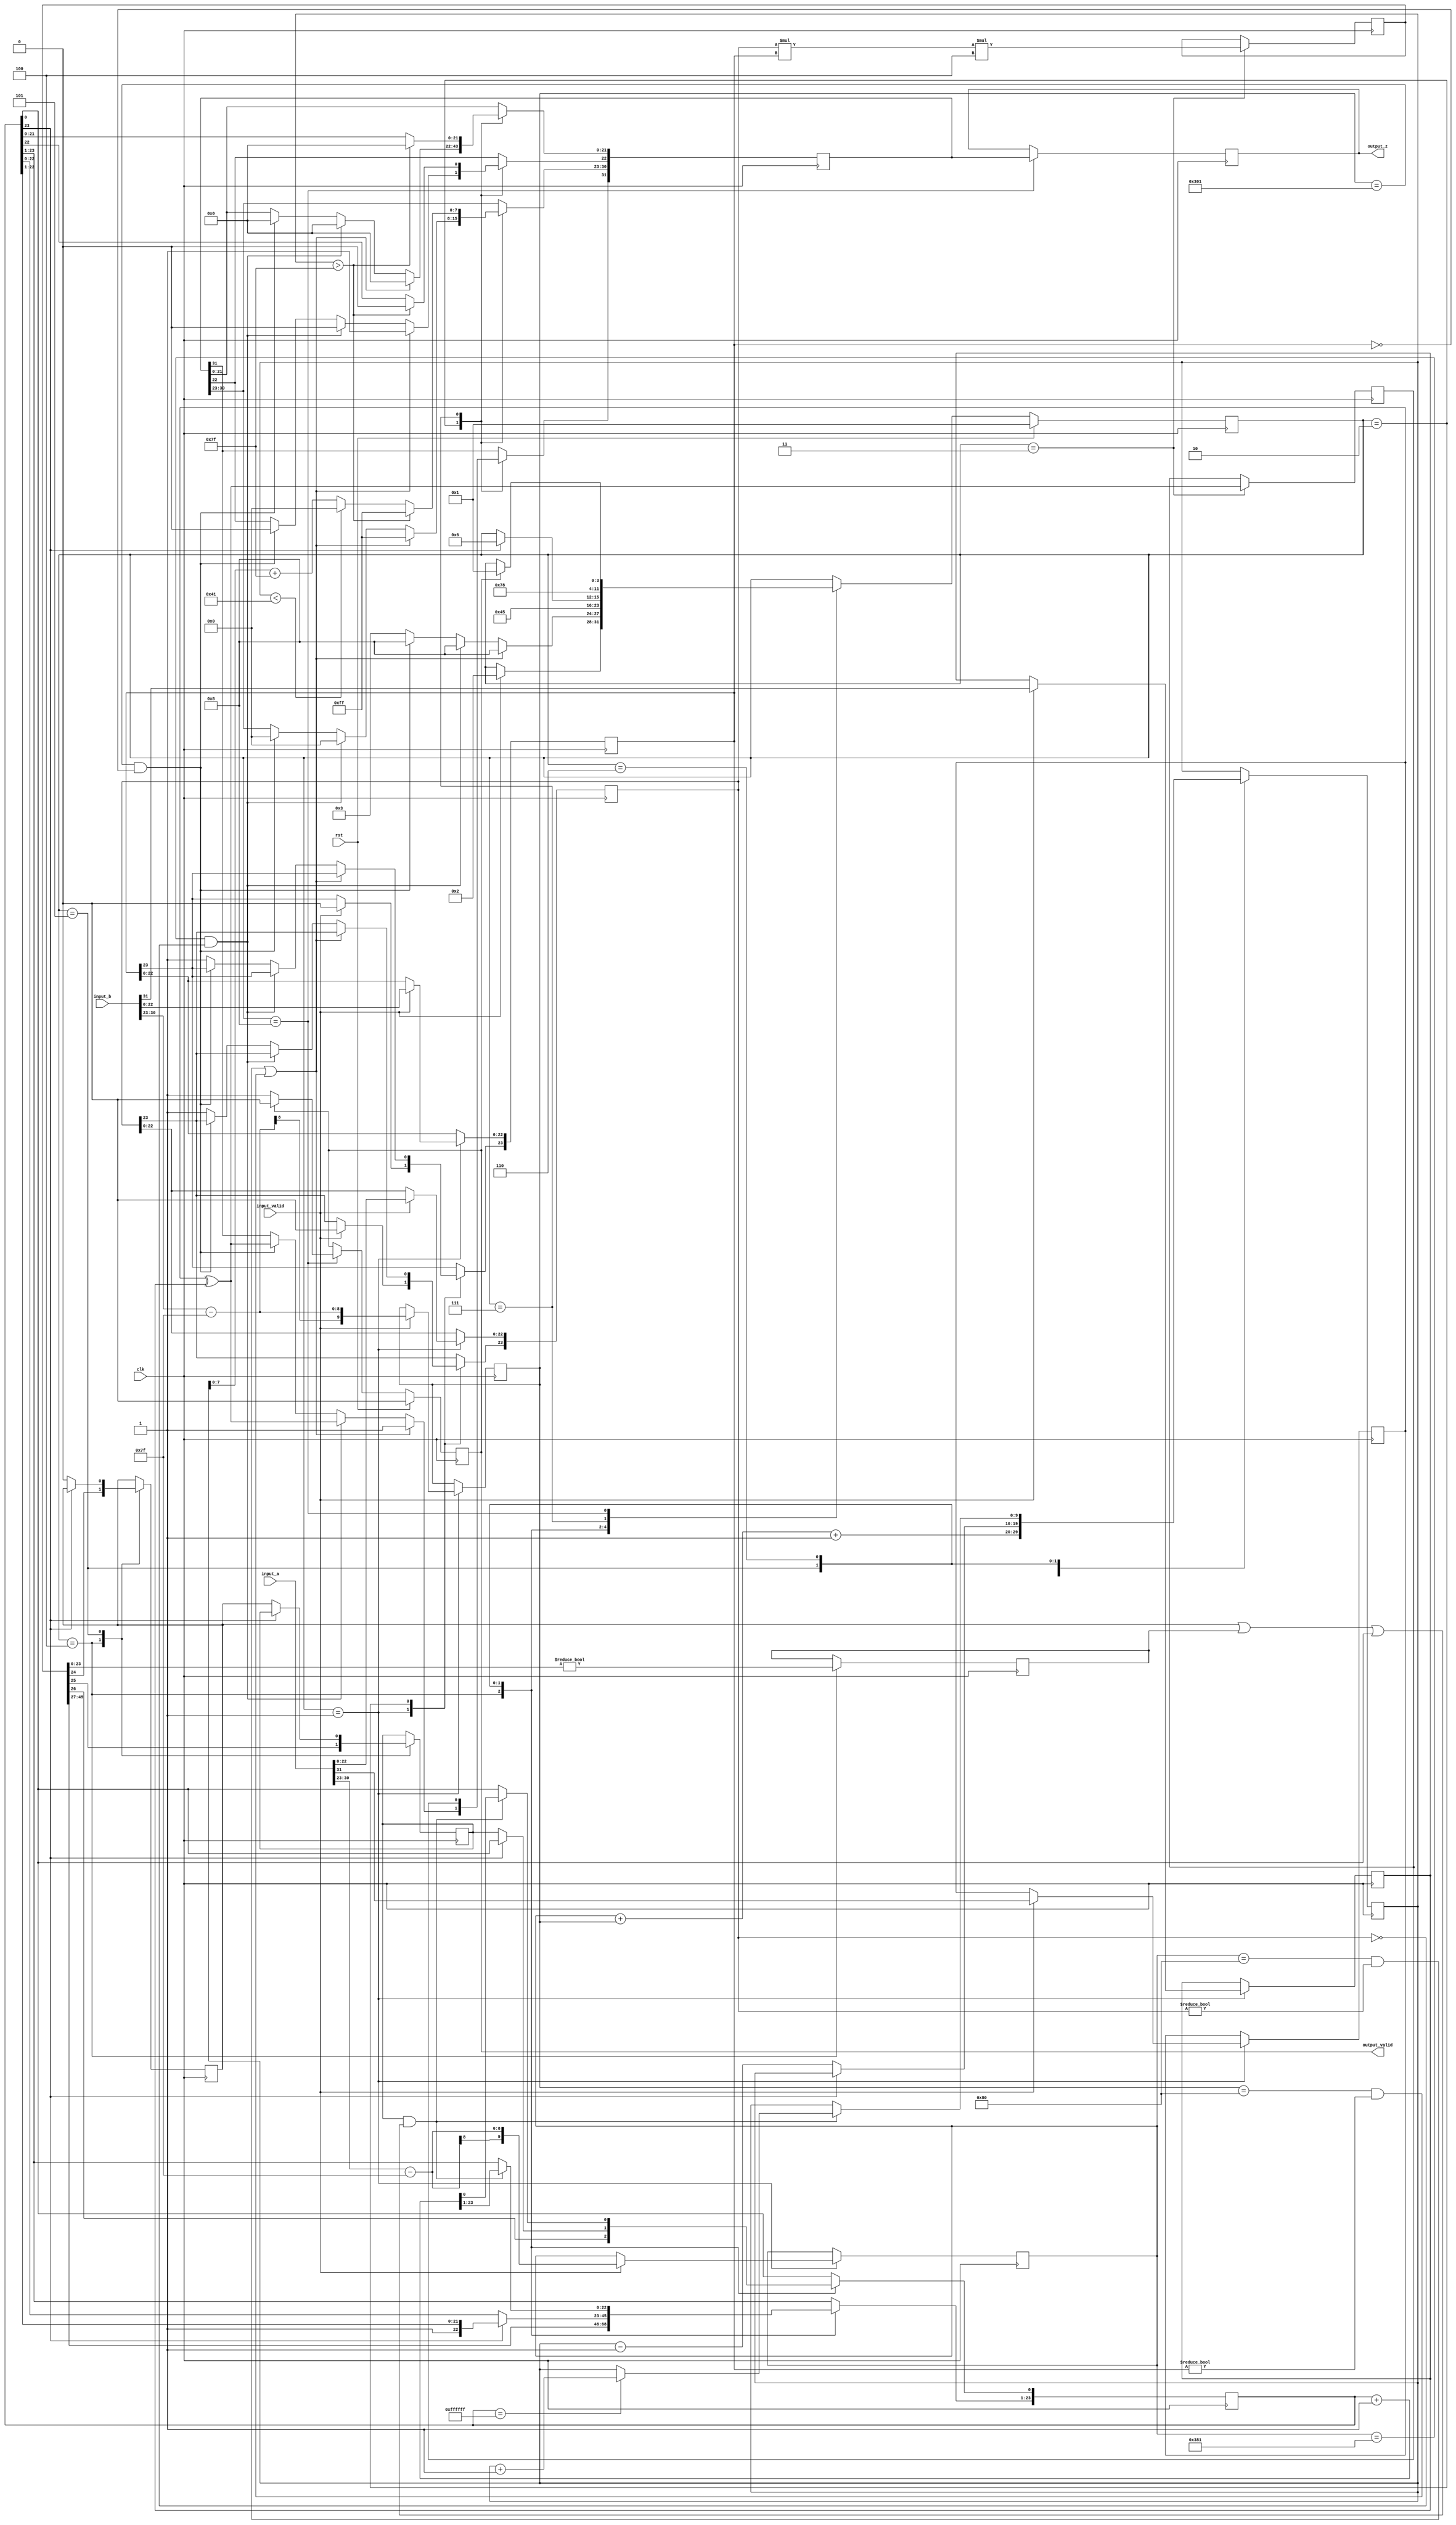

module decoder(
		  input_a,	//input a
       		  input_b,	// input b
		  input_valid,
		  output_z,	//output z
	          output_valid,	//output z valid signal  
                  clk,	//input clk
                  rst 	//input reset
		  );
		  
//enter the parameters here		  
  parameter n = 32;
  parameter fraction = 23;
  
  
  
  parameter exponent = 8;
  input     clk;
  input     rst;
  input     [n-1:0]input_a;
  input     [n-1:0]input_b;
  output    [n-1:0]output_z;
  input     input_valid;
  output    output_valid;   
  reg       [3:0] state;//States of FSM
  reg       s_output_valid;
  reg       [n-1:0] s_output_z;
  reg       flag;

  
// State values  
  parameter 
	    get_input     = 4'd1,
            special_cases = 4'd2,
            multiply_0    = 4'd3,
            multiply_1    = 4'd4,
            normalise_1   = 4'd5,
            round         = 4'd6,
            pack          = 4'd7,
            put_z         = 4'd8;
				
   
  reg       [n-1:0]  z;
  reg       [(fraction):0] a_m, b_m, z_m;
  reg       [(exponent+1):0] a_e, b_e, z_e;
  reg       a_s, b_s, z_s;
  reg       guard, round_bit, sticky;
  reg       [(fraction+1)*2 + 1:0] product;
  
  always@(posedge clk)
  begin
  
  case(state)
//#########################################################################################################//	
	get_input:
	begin
	if(input_valid)
	begin
	{a_s, a_e, a_m[fraction-1:0]} <= {input_a[n-1],input_a[n-2:fraction] - {3'b000,{exponent-1{1'b1}}},input_a[fraction-1:0]};
	{b_s, b_e, b_m[fraction-1:0]} <= {input_b[n-1],input_b[n-2:fraction] - {3'b000,{exponent-1{1'b1}}},input_b[fraction-1:0]};
	a_m[fraction] = 0;
	b_m[fraction] = 0;
	flag = 0;
	state <= special_cases;
	end   
	end
//#########################################################################################################//	
	special_cases:
	begin
	
	 //if a is NaN or b is NaN return NaN 
 if ((a_e == {1'b1,{(exponent-1){1'b0}}} && a_m != 0) || b_e =={1'b1,{(exponent-1){1'b0}}} && b_m != 0)
 // all ones in the exponent of a or b and not all zeros in the mantissa of a or b
	begin
    z[n-1] <= 1;//sign bit
    z[fraction+exponent-1:fraction] <= {exponent{1'b1}};// all ones in exponent
    z[fraction-1] <= 1;
    z[(fraction-2): 0] <= 0;
	 state <= put_z;
	end

else
	if ($signed(a_e) == -{exponent-1{1'b1}} && a_m == 0)
 // if the exponents bits in a and the mantissa in a is zero return zero
 begin
    z[n-1] <= a_s ^ b_s;
    z[fraction+exponent-1:fraction] <= 0;
    z[(fraction-1) : 0] <= 0;
    state <= put_z;   
 end
		  
else
      if ($signed(b_e == -{exponent{1'b1}}) && b_m == 0)
// if the exponents bits in b and the mantissa in a is zero return zero 
begin

    z[n-1] <= a_s ^ b_s;
    z[fraction+exponent-1:fraction] <= 0;
    z[(fraction-1) : 0] <= 0;
    state <= put_z;   
end 
	
else	

begin
    a_m[fraction] <= 1'b1;
	 b_m[fraction] <= 1'b1;
    state <= multiply_0; 
end
end
//#########################################################################################################//
multiply_0:
 begin
    z_s <= a_s ^ b_s;
    z_e <= a_e + b_e + 1;
	
    product <= a_m * b_m * 4;
    state <= multiply_1;
 end
 
//#########################################################################################################//
multiply_1:
 begin
    z_m <= product[(fraction+1)*2 + 1:(fraction+1)*2 + 1-fraction];
    guard <= product[(fraction+1)*2 -fraction ];
    round_bit <= product[(fraction+1)*2 -fraction - 1];
    sticky <= (product[(fraction+1)*2 -fraction - 2:0] != 0);
    state <= normalise_1;
 end
		
//#########################################################################################################//
//normalise the number 
normalise_1:
 begin
  if (z_m[(fraction)] == 0) begin       
    z_e <= z_e - 1;
    z_m <= z_m << 1;           
    z_m[0] <= guard;  
    guard <= round_bit;    
    round_bit <= 0;
  end else begin
    state <= round;
  end
 end
//#########################################################################################################//
 //rounding the number
round:
 begin
   if (guard && (round_bit | sticky | z_m[0])) begin
     z_m <= z_m + 1;
     if (z_m == {(fraction+1){1'b1}}) begin
       z_e <=z_e + 1;
     end    
   end
   state <= pack;
 end
 
 //#########################################################################################################//
 //putting the number into the output format
pack:
 begin
  z[fraction-1:0] <= z_m[fraction-1:0];
  z[fraction+exponent-1:fraction] <= $signed(z_e) + $signed({1'b0,{(exponent-1){1'b1}}});
  z[n-1] <= z_s;
  if ($signed(z_e) < $signed({1'b1,{exponent-3{1'b0}},1'b1})) begin
	 flag <= 1;
    z[fraction+exponent-1:fraction] <= 0;   
  end
 //if overflow occurs, return inf
 if ($signed(z_e)> $signed({1'b0,{(exponent-1){1'b1}}})) begin
   z[fraction-1:0] <= 0;
   z[fraction+exponent-1:fraction] <= {(exponent){1'b1}};
   z[n-1] <= z_s;
 end
  state <= put_z;
 end   

//#########################################################################################################//
//putting it on the output port 
put_z:
 begin
   s_output_valid <= 1;
   s_output_z <= z;
   if (s_output_valid ) begin
     s_output_valid <= 0;
     state <= get_input;
   end
 end
 endcase 
 
 if (rst == 1) 
 begin
      state <= get_input;
      s_output_valid <= 0;
		flag <= 0;
 end

 end
  assign output_valid = s_output_valid;
  assign output_z = s_output_z;
 endmodule